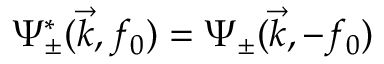
\Psi _ { \pm } ^ { * } ( \vec { k } , f _ { 0 } ) = \Psi _ { \pm } ( \vec { k } , - f _ { 0 } )